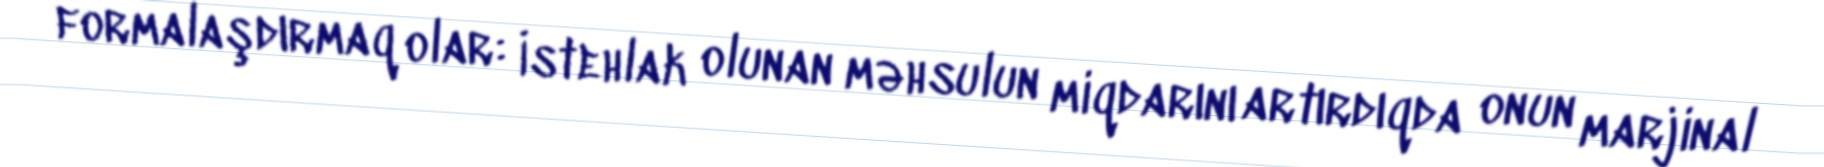
formalaşdırmaq olar: İstehlak olunan məhsulun miqdarını artırdıqda onun marjinal